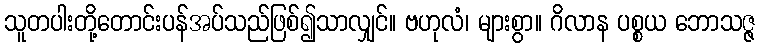
သူတပါးတို့တောင်းပန်အပ်သည်ဖြစ်၍သာလျှင်။ ဗဟုလံ၊ များစွာ။ ဂိလာန ပစ္စယ ဘောသဇ္ဇ